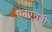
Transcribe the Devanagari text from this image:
एनएचबी